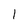
Character: 1